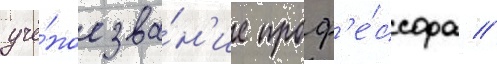
учё́ное зва́н'ие проф'е́ссора //